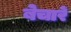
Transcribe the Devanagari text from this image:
बेचारें